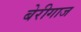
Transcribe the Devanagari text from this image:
बेरीगाज